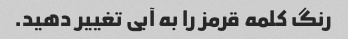
رنگ کلمه قرمز را به آبی تغییر دهید.